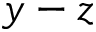
y - z